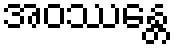
အဝဿန္တေ